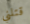
قتلني